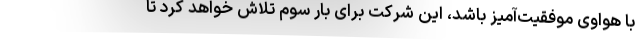
با هواوی موفقیت‌آمیز باشد، این شرکت برای بار سوم تلاش خواهد کرد تا